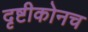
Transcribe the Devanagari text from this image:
दृष्टीकोनच